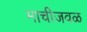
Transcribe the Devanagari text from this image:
माचीजवळ